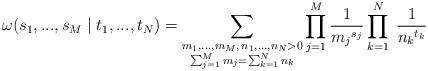
LaTeX: \begin{align*} \omega(s_1, ... , s_{M} \mid t_1, ... , t_{N} ) = \sum_{\substack{ m_1, ... , m_{M}, \,n_1, ... , n_{N}>0 \\ \sum_{j=1}^{M} m_j = \sum_{k=1}^{N} n_k}} \prod_{j=1}^{M} \frac{1}{{m_j}^{s_j}} \prod_{k=1}^{N} \; \frac{1}{{n_k}^{t_k}}\end{align*}